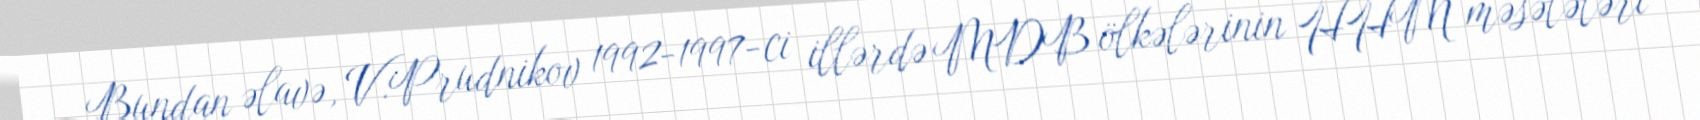
Bundan əlavə, V.Prudnikov 1992-1997-ci illərdə MDB ölkələrinin HHM məsələləri